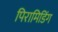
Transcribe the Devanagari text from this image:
पिरामिडिंग